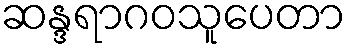
ဆန္ဒရာဂဝသူပေတာ